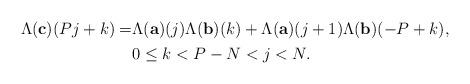
LaTeX: \begin{align*}\begin{aligned} \Lambda(\mathbf{c})(Pj+k)=&\Lambda(\mathbf{a})(j)\Lambda(\mathbf{b})(k)+\Lambda(\mathbf{a})(j+1)\Lambda(\mathbf{b})(-P+k),\\ &0\le k < P-N< j< N.\end{aligned}\end{align*}